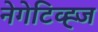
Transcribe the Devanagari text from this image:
नेगेटिव्ह्ज